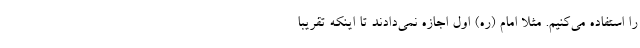
را استفاده می‌کنیم. مثلا امام (ره) اول اجازه نمی‌دادند تا اینکه تقریبا